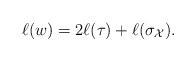
LaTeX: \begin{align*}\ell(w)= 2\ell(\tau)+\ell(\sigma_{\mathcal X}).\end{align*}